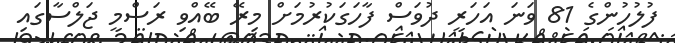
ފުލުހުންގެ 81 ވަނަ އަހަރީ ދުވަސް ފާހަގަކުރުމަށް މިރޭ ބޭއްވި ރަސްމީ ޖަލްސާގައި